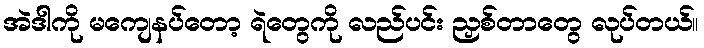
အဲဒါကို မကျေနပ်တော့ ရဲတွေကို လည်ပင်း ညှစ်တာတွေ လုပ်တယ်။